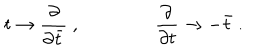
t \rightarrow { \frac { \partial } { \partial \bar { t } } } \ , \qquad \qquad { \frac { \partial } { \partial t } } \rightarrow - \bar { t } \ .